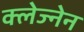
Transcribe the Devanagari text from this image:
क्लेज्नेन